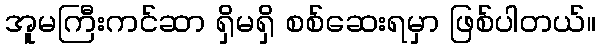
အူမကြီးကင်ဆာ ရှိမရှိ စစ်ဆေးရမှာ ဖြစ်ပါတယ်။